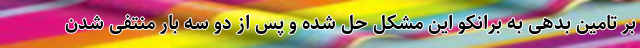
بر تامین بدهی به برانکو این مشکل حل شده و پس از دو سه بار منتفی شدن